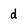
Character: d